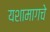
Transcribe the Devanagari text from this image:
यशामागचे